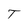
Character: T